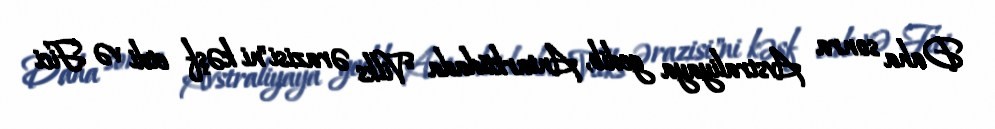
Daha sonra Avstraliyaya gedib, Antarktidada "Vilks ərazisi"ni kəşf etdi və Fici